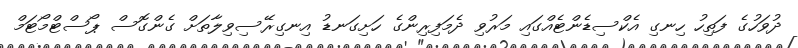
ދުވަހުގެ ފަތިހު ހިނގި އެކްސިޑެންޓެއްގައި މަރުވި ދެމަފިރިންގެ ހަށިގަނޑު އިނގިރޭސިވިލާތަށް ގެންގޮސް ޕޯސްޓްމޯޓަމް